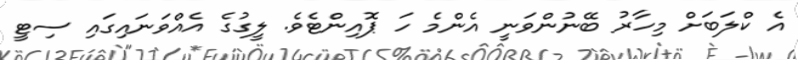
އެ ކްލަބަށް މިހާރު ބޭނުންވަނީ އެންމެ ހަ ޕޮއިންޓެވެ. ލީގުގެ އެއްވަނައިގައި ސިޓީ